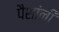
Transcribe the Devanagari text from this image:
पैशांनी